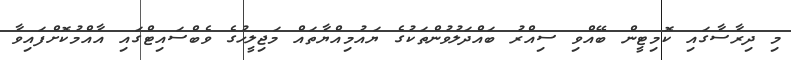
މި ދިރާސާގައި ކޮމިޓީން ބޭއްވި ސިއްރު ބައްދަލުވުންތަކުގެ ޔައުމިއްޔާތައް މަޖިލީހުގެ ވެބްސައިޓްގައި އާއްމުކޮށްފައިވާ